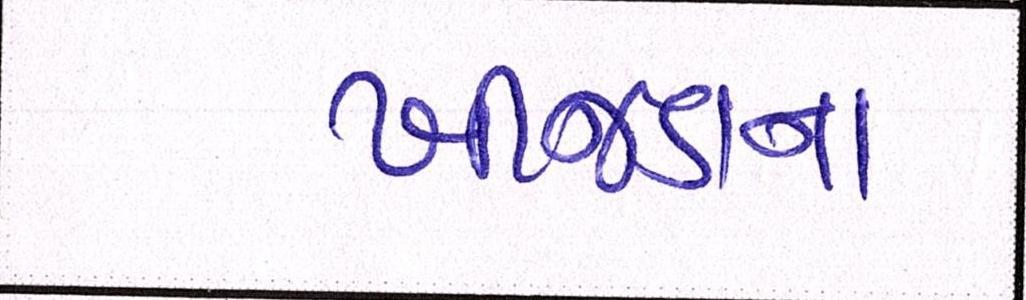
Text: ખીજડાના